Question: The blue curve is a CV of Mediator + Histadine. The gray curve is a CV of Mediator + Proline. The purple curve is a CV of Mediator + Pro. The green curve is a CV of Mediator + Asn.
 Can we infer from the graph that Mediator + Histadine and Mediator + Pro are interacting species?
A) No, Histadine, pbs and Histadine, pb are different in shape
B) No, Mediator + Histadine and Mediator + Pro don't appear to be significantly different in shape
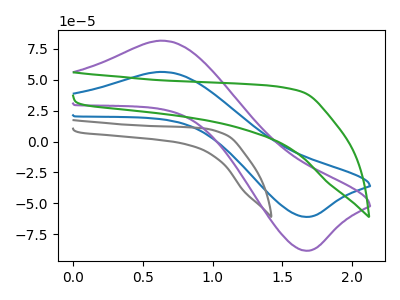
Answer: <think>The blue curve "Mediator + Histadine" has an anodic peak at (0.65V, 56.35uA) and a cathodic peak at (1.65V, -61.05uA). The gray curve "Mediator + Proline" has no peaks. The purple curve "Mediator + Pro" has an anodic peak at (0.65V, 81.65uA) and a cathodic peak at (1.65V, -88.45uA). The green curve "Mediator + Asn" has no peaks.
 All the peaks in "Mediator + Histadine" have a peak in "Mediator + Pro" at the same potential. Every peak in "Mediator + Histadine" is lower than every peak in "Mediator + Pro".</think>
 <answer>B) No, "Mediator + Histadine" and "Mediator + Pro" don't appear to be significantly different in shape</answer>
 <eval>B</eval>